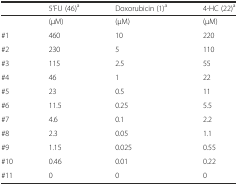
|  | 5’FU (46)a | Doxorubicin (1)a | 4-HC (22)a |
 | --- | --- | --- | --- |
 |  | (μM) | (μM) | (μM) |
 | #1 | 460 | 10 | 220 |
 | #2 | 230 | 5 | 110 |
 | #3 | 115 | 2.5 | 55 |
 | #4 | 46 | 1 | 22 |
 | #5 | 23 | 0.5 | 11 |
 | #6 | 11.5 | 0.25 | 5.5 |
 | #7 | 4.6 | 0.1 | 2.2 |
 | #8 | 2.3 | 0.05 | 1.1 |
 | #9 | 1.15 | 0.025 | 0.55 |
 | #10 | 0.46 | 0.01 | 0.22 |
 | #11 | 0 | 0 | 0 |